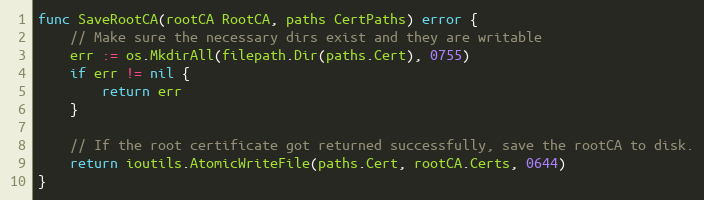
Language: Go
func SaveRootCA(rootCA RootCA, paths CertPaths) error {
	// Make sure the necessary dirs exist and they are writable
	err := os.MkdirAll(filepath.Dir(paths.Cert), 0755)
	if err != nil {
		return err
	}

	// If the root certificate got returned successfully, save the rootCA to disk.
	return ioutils.AtomicWriteFile(paths.Cert, rootCA.Certs, 0644)
}